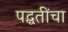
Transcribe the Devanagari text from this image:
पद्घतींचा